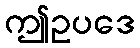
ဤဥပဒေ